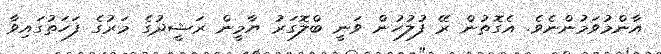
އާންމުވަމުންނެވެ. އެގޮތުން ރޭ ފުލުހުން ވަނީ ބްލޮގަރު ޔާމީން ރަޝީދުގެ މަރުގެ ފަހަތުގައިވާ